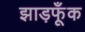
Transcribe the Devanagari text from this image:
झाड़फूँक